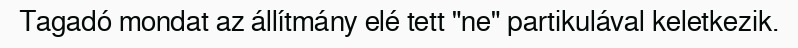
Tagadó mondat az állítmány elé tett "ne" partikulával keletkezik.